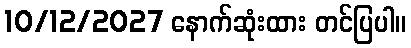
10/12/2027 နောက်ဆုံးထား တင်ပြပါ။